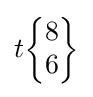
t{\begin{Bmatrix}8\\6\end{Bmatrix}}